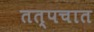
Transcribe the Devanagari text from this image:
तत्पचात